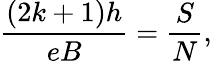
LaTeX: \frac{(2k+1)h}{eB}=\frac{S}{N},